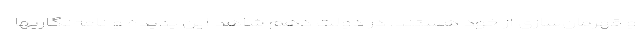
و قهرمان‌سازی از خود هستند. در دولت دهم شاهد این پدیده و نامه‌نگاریها